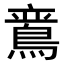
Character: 𬷛